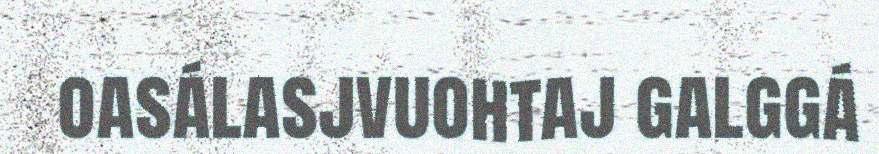
oasálasjvuohtaj galggá